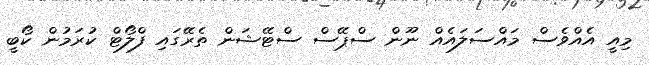
މިއީ އެއްވެސް މައްސަލައެއް ނޫން ސްޕޭސް ސްޓޭޝަން ތެރޭގައި ފްލޯޓް ކުރަމުން ކޯބީ